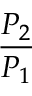
\frac { P _ { 2 } } { P _ { 1 } }